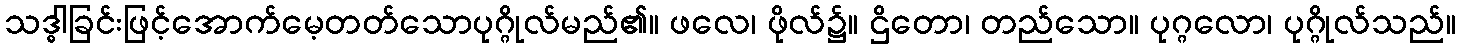
သဒ္ဓါခြင်းဖြင့်အောက်မေ့တတ်သောပုဂ္ဂိုလ်မည်၏။ ဖလေ၊ ဖိုလ်၌။ ဌိတော၊ တည်သော။ ပုဂ္ဂလော၊ ပုဂ္ဂိုလ်သည်။